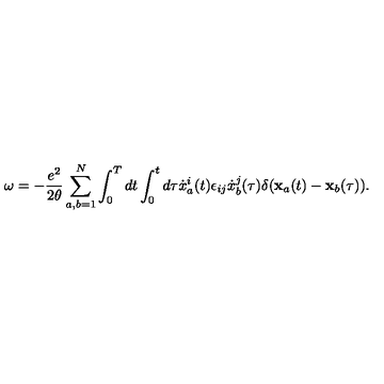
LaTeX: \omega = - { \frac { e ^ { 2 } } { 2 \theta } } \sum _ { a , b = 1 } ^ { N } \int _ { 0 } ^ { T } d t \int _ { 0 } ^ { t } d \tau { \dot { x } } _ { a } ^ { i } ( t ) \epsilon _ { i j } { \dot { x } } _ { b } ^ { j } ( \tau ) \delta ( { \bf x } _ { a } ( t ) - { \bf x } _ { b } ( \tau ) ) .